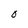
Character: O